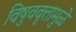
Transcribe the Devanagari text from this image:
विषुववृत्तामुळे